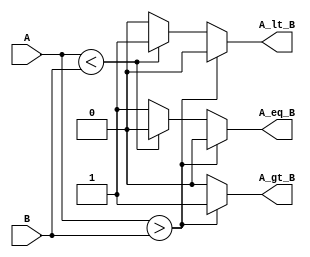
module ParameterizedComparator #(
    parameter N = 8  // Default bit-width is set to 8
)(
    input  [N-1:0] A,  // Input A
    input  [N-1:0] B,  // Input B
    output reg A_gt_B,  // Output: A > B
    output reg A_lt_B,  // Output: A < B
    output reg A_eq_B   // Output: A == B
);

    // Always block to perform comparison
    always @(*) begin
        // Initialize outputs to 0
        A_gt_B = 0;
        A_lt_B = 0;
        A_eq_B = 0;
        
        // Compare A and B
        if (A > B) begin
            A_gt_B = 1;  // A is greater than B
        end else if (A < B) begin
            A_lt_B = 1;  // A is less than B
        end else begin
            A_eq_B = 1;  // A is equal to B
        end
    end

endmodule